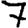
Digit: 7